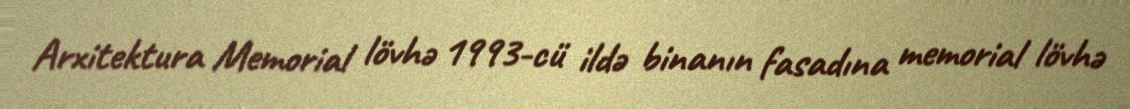
Arxitektura Memorial lövhə 1993-cü ildə binanın fasadına memorial lövhə